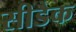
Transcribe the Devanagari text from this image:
सीडैक